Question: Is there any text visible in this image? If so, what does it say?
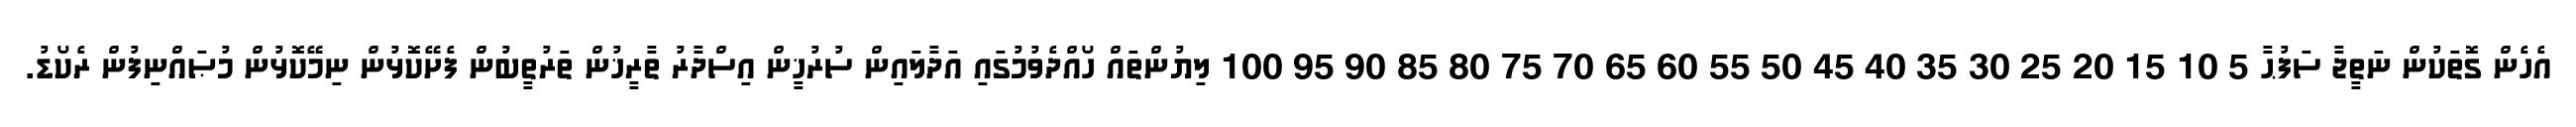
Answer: އެހެން ގޮތަކުން ނަތީޖާ ސަފުޙާ 5 10 15 20 25 30 35 40 45 50 55 60 65 70 75 80 85 90 95 100 ލިޔުންތައް ހޯއްދެވުމުގައި އަދާލައިން ސުރުޚީން އިސްދާރު ތާރީޚުން ތަރުތީބުން ފެށޭކޮޅުން ނިމޭކޮޅުން މުޞައްނިފުން ރެކޯޑު.